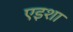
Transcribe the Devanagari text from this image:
एइशा